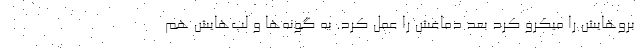
بروهایش را میکرو کرد بعد دماغش را عمل کرد. به گونه‌ها و لب‌هایش هم